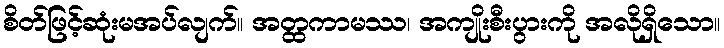
စိတ်ဖြင့်ဆုံးမအပ်လျက်။ အတ္ထကာမဿ၊ အကျိုးစီးပွားကို အလိုရှိသော။